Development of the Leishman-Donovan parasite in Cimex rotundatus - Number 31
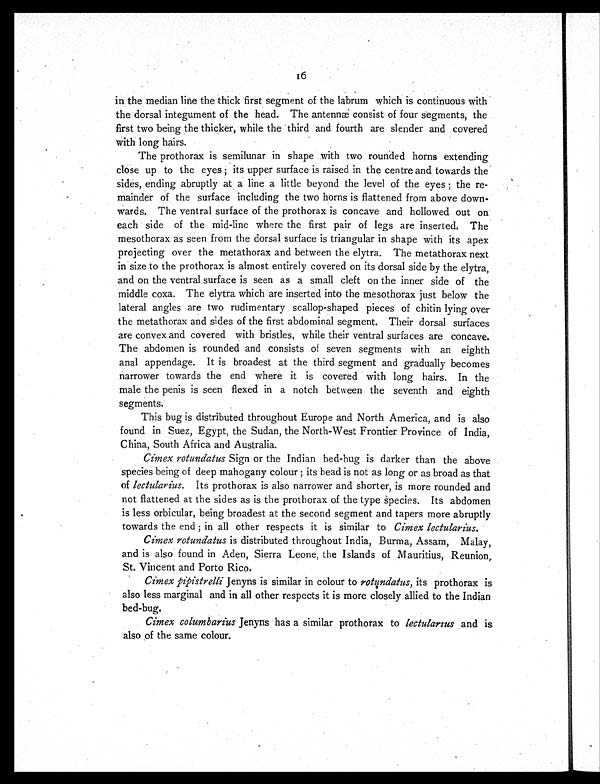
in the median line the thick first segment of the labrum which is continuous with
the dorsal integument of the head. The antennæ consist of four segments, the
first two being the thicker, while the third and fourth are slender and covered
with long hairs.
The prothorax is semilunar in shape with two rounded horns extending
close up to the eyes; its upper surface is raised in the centre and towards the
sides, ending abruptly at a line a little beyond the level of the eyes; the re-
mainder of the surface including the two horns is flattened from above down-
wards. The ventral surface of the prothorax is concave and hollowed out on
each side of the mid-line where the first pair of legs are inserted. The
mesothorax as seen from the dorsal surface is triangular in shape with its apex
projecting over the metathorax and between the elytra. The metathorax next
in size to the prothorax is almost entirely covered on its dorsal side by the elytra,
and on the ventral surface is seen as a small cleft on the inner side of the
middle coxa. The elytra which are inserted into the mesothorax just below the
lateral angles are two rudimentary scallop-shaped pieces of chitin lying over
the metathorax and sides of the first abdominal segment. Their dorsal surfaces
are convex and covered with bristles, while their ventral surfaces are concave.
The abdomen is rounded and consists of seven segments with an eighth
anal appendage. It is broadest at the third segment and gradually becomes
narrower towards the end where it is covered with long hairs. In the
male the penis is seen flexed in a notch between the seventh and eighth
segments.
This bug is distributed throughout Europe and North America, and is also
found in Suez, Egypt, the Sudan, the North-West Frontier Province of India,
China, South Africa and Australia.
Cimex rotundatus Sign or the Indian bed-bug is darker than the above
species being of deep mahogany colour; its head is not as long or as broad as that
of lectularius. Its prothorax is also narrower and shorter, is more rounded and
not flattened at the sides as is the prothorax of the type Species. Its abdomen
is less orbicular, being broadest at the second segment and tapers more abruptly
towards the end; in all other respects it is similar to Cimex lectularius.
Cimex rotundatus is distributed throughout India, Burma, Assam, Malay,
and is also found in Aden, Sierra Leone, the Islands of Mauritius, Reunion,
St. Vincent and Porto Rico.
Cimex pipistrelliJ e n y n s i s s i m i l a r i n c o l o u r t or
o t u n d a t u s ,
its prothorax is.
also less marginal and in all other respects it is more closely allied to the Indian
bed-bug.
Cimex columbarius Jenyns has a similar prothorax to lectularius and is
also of the same colour.